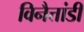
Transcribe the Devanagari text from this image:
विनैत्तांडी